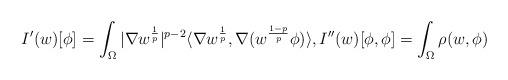
LaTeX: \begin{align*} I'(w)[\phi] =\int_\Omega |\nabla w^\frac{1}{p}|^{p-2} \langle \nabla w^\frac{1}{p}, \nabla (w^\frac{1-p}{p} \phi) \rangle,I''(w)[\phi,\phi]= \int_\Omega \rho(w, \phi) \end{align*}